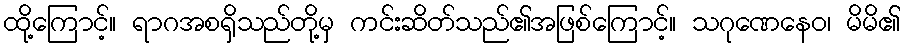
ထို့ကြောင့်။ ရာဂအစရှိသည်တို့မှ ကင်းဆိတ်သည်၏အဖြစ်ကြောင့်။ သဂုဏေနေဝ၊ မိမိ၏